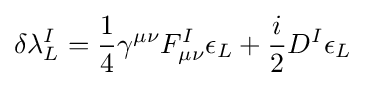
\delta \lambda _{L}^{I}={\frac {1}{4}}\gamma ^{\mu \nu }F_{\mu \nu }^{I}\epsilon _{L}+{\frac {i}{2}}D^{I}\epsilon _{L}